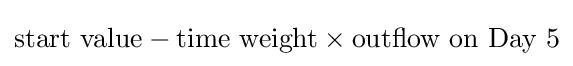
{\text{start value}}-{\text{time weight}}\times {\text{outflow on Day 5}}